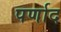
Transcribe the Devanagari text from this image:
पर्णाद